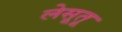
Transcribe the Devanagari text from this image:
लेसूतू